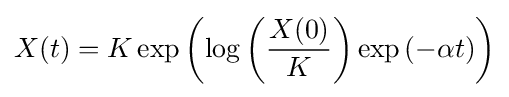
X(t)=K\exp \left(\log \left({\frac {X(0)}{K}}\right)\exp \left(-\alpha t\right)\right)